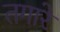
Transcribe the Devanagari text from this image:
तगारे